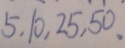
5 , 1 0 , 2 5 , 5 0 .